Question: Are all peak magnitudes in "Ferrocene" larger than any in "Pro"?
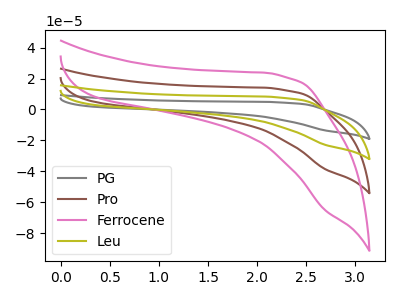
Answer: <think>The gray curve "PG" has no peaks. The brown curve "Pro" has no peaks. The pink curve "Ferrocene" has no peaks. The olive curve "Leu" has no peaks.</think>
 <answer>Niether CV has any peaks.</answer>
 <eval>blanks</eval>